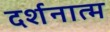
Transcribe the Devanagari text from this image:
दर्शनात्म